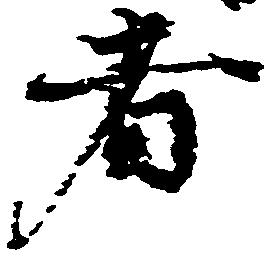
者